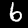
Digit: 6